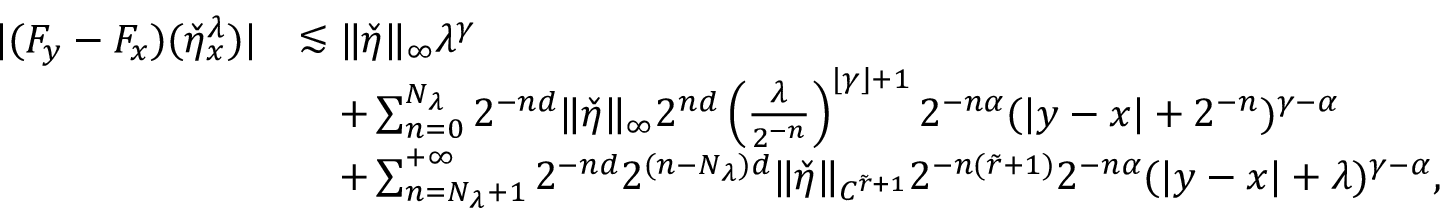
\begin{array} { r l } { | ( F _ { y } - F _ { x } ) ( \check { \eta } _ { x } ^ { \lambda } ) | } & { \lesssim \| \check { \eta } \| _ { \infty } \lambda ^ { \gamma } } \\ & { \quad + \sum _ { n = 0 } ^ { N _ { \lambda } } 2 ^ { - n d } \| \check { \eta } \| _ { \infty } 2 ^ { n d } \left( \frac { \lambda } { 2 ^ { - n } } \right) ^ { \lfloor \gamma \rfloor + 1 } 2 ^ { - n \alpha } ( | y - x | + 2 ^ { - n } ) ^ { \gamma - \alpha } } \\ & { \quad + \sum _ { n = N _ { \lambda } + 1 } ^ { + \infty } 2 ^ { - n d } 2 ^ { ( n - N _ { \lambda } ) d } \| \check { \eta } \| _ { C ^ { \tilde { r } + 1 } } 2 ^ { - n ( \tilde { r } + 1 ) } 2 ^ { - n \alpha } ( | y - x | + \lambda ) ^ { \gamma - \alpha } , } \end{array}